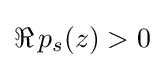
\displaystyle {\Re \,p_{s}(z)>0}